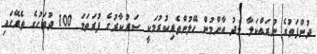
ދުންފަތުގެ ނުރައްކަލާ މެދު އާންމުން ހޭލުންތެރިކުރުމަކީ ސަރުކާރުގެ ފުރަތަމަ 100 ދުވަހުގެ ތެރޭގައި